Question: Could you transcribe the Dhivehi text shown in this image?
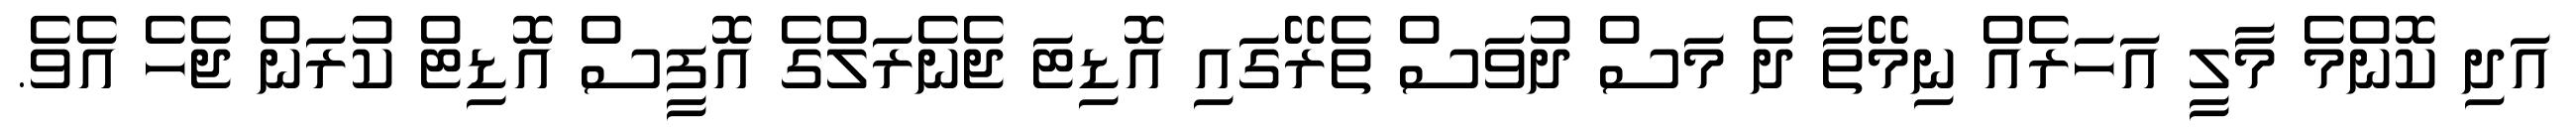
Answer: އަދި ކޮންމެ މާލީ އަހަރެއް ނިމޭތާ ދެ މަސް ދުވަސް ތެރޭގައި އޮޑިޓަ ޖެނެރަލްގެ އޮފީސް އޮޑިޓް ކުރަން ޖެހެ އެވެ.